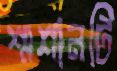
শ্মশানটি